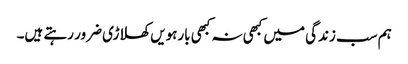
ہم سب زندگی میں کبھی نہ کبھی بارہویں کھلاڑی ضرور رہتے ہیں۔